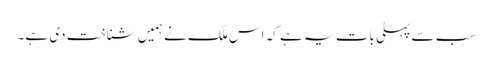
سب سے پہلی بات یہ ہے کہ اس ملک نے ہمیں شناخت دی ہے۔